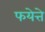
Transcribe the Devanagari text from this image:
फयेत्ते